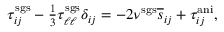
\begin{array} { r } { \tau _ { i j } ^ { \mathrm { s g s } } - \frac { 1 } { 3 } \tau _ { \ell \ell } ^ { \mathrm { s g s } } \delta _ { i j } = - 2 \nu ^ { \mathrm { s g s } } \overline { { s } } _ { i j } + \tau _ { i j } ^ { \mathrm { a n i } } , } \end{array}